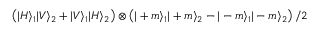
\left( | H \rangle _ { 1 } | V \rangle _ { 2 } + | V \rangle _ { 1 } | H \rangle _ { 2 } \right) \otimes \left( | + m \rangle _ { 1 } | + m \rangle _ { 2 } - | - m \rangle _ { 1 } | - m \rangle _ { 2 } \right) / 2